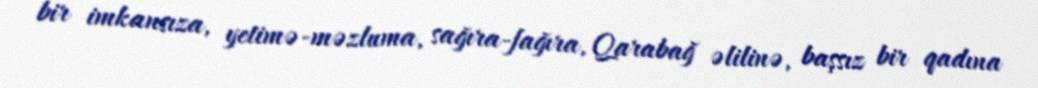
bir imkansıza, yetimə-məzluma, sağıra-fağıra, Qarabağ əlilinə, başsız bir qadına